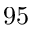
9 5